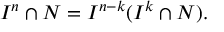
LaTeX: I ^ { n } \cap N = I ^ { n - k } ( I ^ { k } \cap N ) .